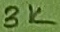
Text: 3K